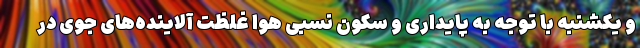
و یکشنبه با توجه به پایداری و سکون نسبی هوا غلظت آلاینده‌های جوی در